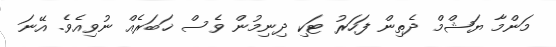
މަންމާ ޔަޝްމް ދެތިން ފަހަރު ޓަކި ދިނިމުން ވެސް ޚަބަރެއް ނުވިއެވެ. އޭނަ